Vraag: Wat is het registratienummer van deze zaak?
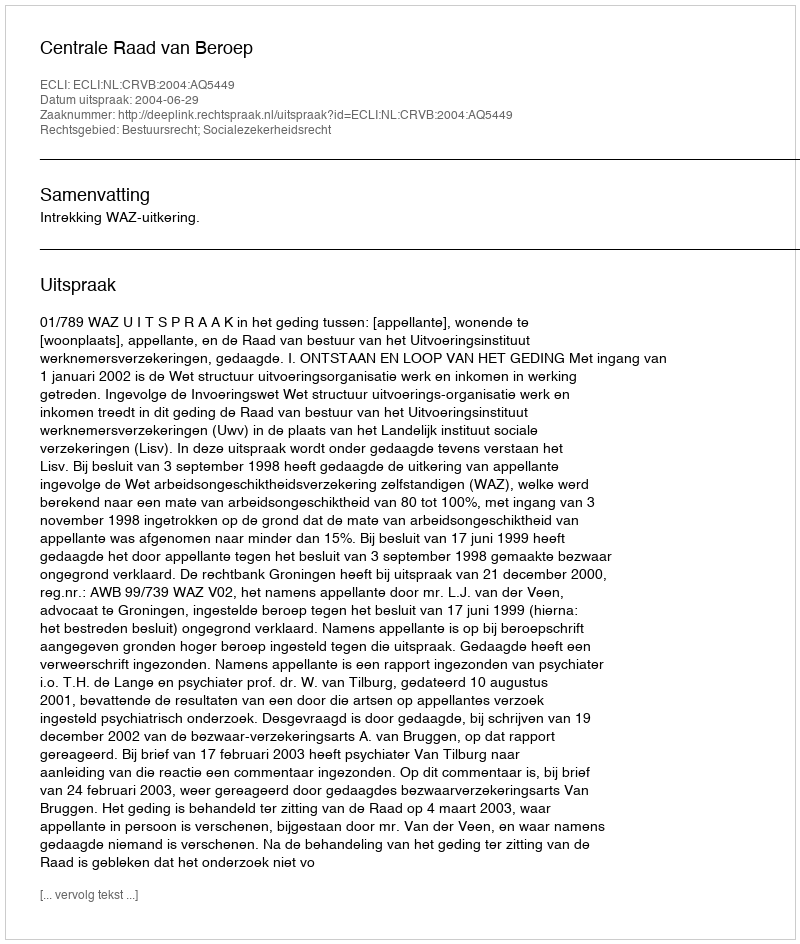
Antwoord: http://deeplink.rechtspraak.nl/uitspraak?id=ECLI:NL:CRVB:2004:AQ5449